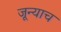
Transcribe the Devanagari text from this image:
जून्याच